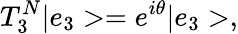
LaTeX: T_{3}^{N}|e_{3}>=e^{i\theta}|e_{3}>,